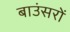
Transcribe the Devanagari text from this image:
बाउंसरों